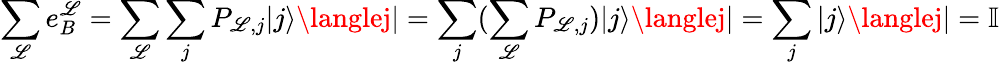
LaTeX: \sum_{\mathscr{L}}e_{B}^{\mathscr{L}}=\sum_{\mathscr{L}}\sum_{j}P_{\mathscr{L},j}|j\rangle\langlej|=\sum_{j}(\sum_{\mathscr{L}}P_{\mathscr{L},j})|j\rangle\langlej|=\sum_{j}|j\rangle\langlej|=\mathbb{{I}}